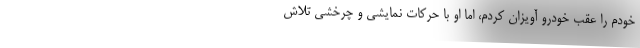
خودم را عقب خودرو آویزان کردم، اما او با حرکات نمایشی و چرخشی تلاش